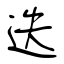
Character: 迭